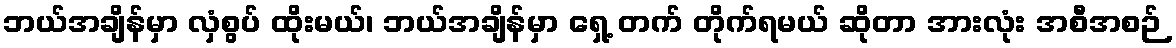
ဘယ်အချိန်မှာ လှံစွပ် ထိုးမယ်၊ ဘယ်အချိန်မှာ ရှေ့ တက် တိုက်ရမယ် ဆိုတာ အားလုံး အစီအစဉ်